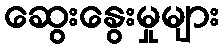
ဆွေးနွေးမှုများ